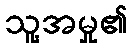
သူ့အမှု၏